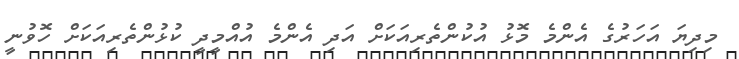
މިދިޔަ އަހަރުގެ އެންމެ މޮޅު އުކުންތެރިއަކަށް އަދި އެންމެ އުއްމީދީ ކުޅުންތެރިއަކަށް ހޮވުނީ